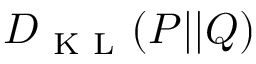
D _ { \mathrm { ~ K ~ L ~ } } ( P | | Q )